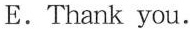
E. Thank you.